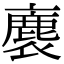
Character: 𧜫